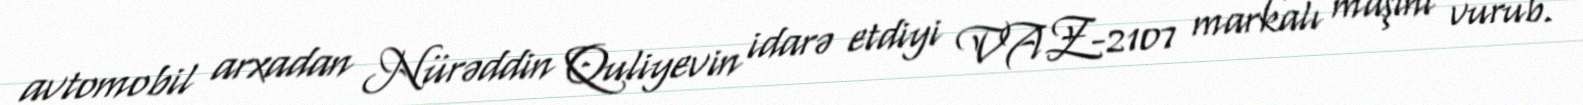
avtomobil arxadan Nürəddin Quliyevin idarə etdiyi VAZ-2107 markalı maşını vurub.